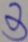
3